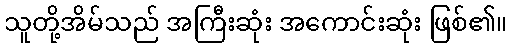
သူတို့အိမ်သည် အကြီးဆုံး အကောင်းဆုံး ဖြစ်၏။